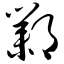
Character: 邺